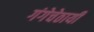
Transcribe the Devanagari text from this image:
गंगेचेठायीं